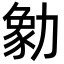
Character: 勨